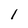
Character: l